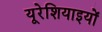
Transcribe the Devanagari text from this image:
यूरेशियाइयों